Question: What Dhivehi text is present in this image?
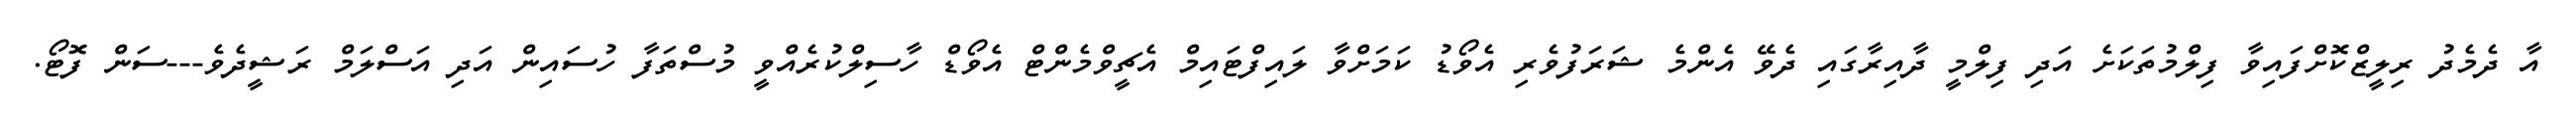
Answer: އާ ދެމެދު ރިލީޒްކޮށްފައިވާ ފިލްމުތަކަށެ އަދި ފިލްމީ ދާއިރާގައި ދެވޭ އެންމެ ޝަރަފުވެރި އެވޯޑު ކަމަށްވާ ލައިފްޓައިމް އެޗީވްމެންޓް އެވޯޑް ހާސިލްކުރެއްވީ މުސްތަފާ ހުސައިން އަދި އަސްލަމް ރަޝީދެވެ---ސަން ފޮޓޯ.